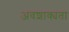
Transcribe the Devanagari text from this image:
अवशाक्यता